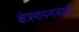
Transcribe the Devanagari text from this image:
क्षेत्रमापनासाठी